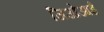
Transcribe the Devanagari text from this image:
जिओआई